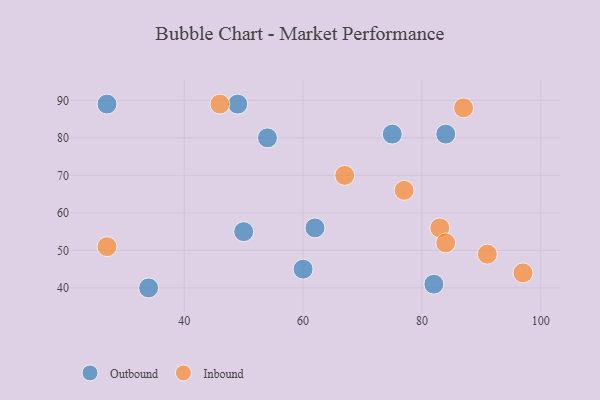
{"axis": {"x": "GDP", "y": "Life Expectancy"}, "legend": ["Inbound", "Outbound"], "data": [{"x": "75", "y": 81, "type": "Outbound"}, {"x": "54", "y": 80, "type": "Outbound"}, {"x": "50", "y": 55, "type": "Outbound"}, {"x": "62", "y": 56, "type": "Outbound"}, {"x": "84", "y": 81, "type": "Outbound"}, {"x": "34", "y": 40, "type": "Outbound"}, {"x": "27", "y": 89, "type": "Outbound"}, {"x": "49", "y": 89, "type": "Outbound"}, {"x": "82", "y": 41, "type": "Outbound"}, {"x": "60", "y": 45, "type": "Outbound"}, {"x": "83", "y": 56, "type": "Inbound"}, {"x": "84", "y": 52, "type": "Inbound"}, {"x": "87", "y": 88, "type": "Inbound"}, {"x": "97", "y": 44, "type": "Inbound"}, {"x": "27", "y": 51, "type": "Inbound"}, {"x": "91", "y": 49, "type": "Inbound"}, {"x": "77", "y": 66, "type": "Inbound"}, {"x": "67", "y": 70, "type": "Inbound"}, {"x": "46", "y": 89, "type": "Inbound"}]}